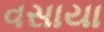
વસાયા